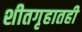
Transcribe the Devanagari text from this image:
शीतगृहातही